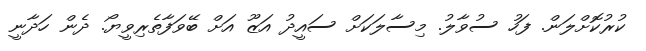
ކުރުކޮށްލަން. ފަހު ސުވާލު. މިސާލަކަށް ސައީދު އަޒޫ އަށް ބޭވަފާތެރިވީޔޯ. ދެން ހަދާނީ